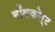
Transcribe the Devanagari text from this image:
बॉलकोर्ट